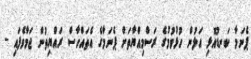
ޕެނަމާ ކަނޑުއޮޅި އަލުން ހުޅުވުމުގެ ރަސްމިއްޔާތަށް ޕެނަމާގެ އެތައްހާސް ރައްޔިތުން ޖަމާވެފައި -